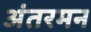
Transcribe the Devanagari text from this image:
अंतरमन